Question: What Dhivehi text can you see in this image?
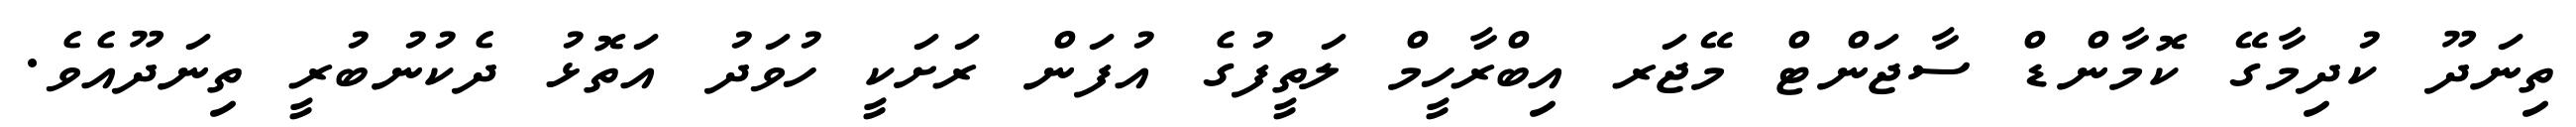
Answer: ތިނަދޫ ކުދިމާގޭ ކޮމާންޑް ސާޖަންޓް މޭޖަރ އިބްރާހީމް ލަތީފުގެ އުފަން ރަށަކީ ހުވަދު އަތޮޅު ދެކުނުބުރީ ތިނަދޫއެވެ.